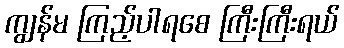
ကျွန်မ ကြည့်ပါရစေ ကြီးကြီးရယ်